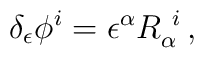
\delta_\epsilon \phi^i = \epsilon^\alpha R_\alpha^{\ i}   \, ,